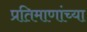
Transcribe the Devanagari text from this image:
प्रतिमाणांच्या